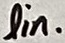
Text: lin.